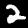
Digit: 2